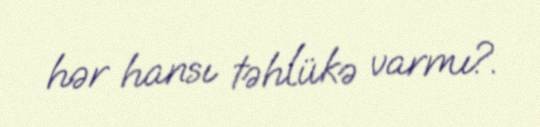
hər hansı təhlükə varmı?.